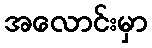
အလောင်းမှာ